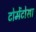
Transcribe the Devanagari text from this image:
टोमेंटोसा